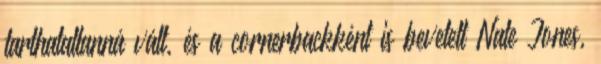
tarthatatlanná vált, és a cornerbackként is bevetett Nate Jones,